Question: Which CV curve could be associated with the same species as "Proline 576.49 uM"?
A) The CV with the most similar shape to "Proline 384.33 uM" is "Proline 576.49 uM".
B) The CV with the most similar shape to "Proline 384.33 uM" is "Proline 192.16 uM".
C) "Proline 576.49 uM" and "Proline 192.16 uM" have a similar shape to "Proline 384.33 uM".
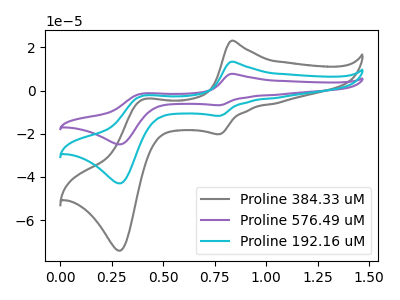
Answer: <think>The gray curve "Proline 384.33 uM" has anodic peaks at (0.85V, 23.00uA) (0.40V, -4.10uA) and cathodic peaks at (0.75V, -20.20uA) (0.30V, -74.10uA). The purple curve "Proline 576.49 uM" has anodic peaks at (0.85V, 26.70uA) (0.40V, -4.75uA) and cathodic peaks at (0.75V, -23.45uA) (0.30V, -85.95uA). The cyan curve "Proline 192.16 uM" has anodic peaks at (0.85V, 13.35uA) (0.40V, -2.40uA) and cathodic peaks at (0.75V, -11.75uA) (0.30V, -42.95uA).
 All the peaks in "Proline 384.33 uM" have a peak in "Proline 576.49 uM" at the same potential. All the peaks in "Proline 384.33 uM" have a peak in "Proline 192.16 uM" at the same potential. All the peaks in "Proline 576.49 uM" have a peak in "Proline 192.16 uM" at the same potential.</think>
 <answer>C) "Proline 576.49 uM" and "Proline 192.16 uM" have a similar shape to "Proline 384.33 uM".</answer>
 <eval>C</eval>